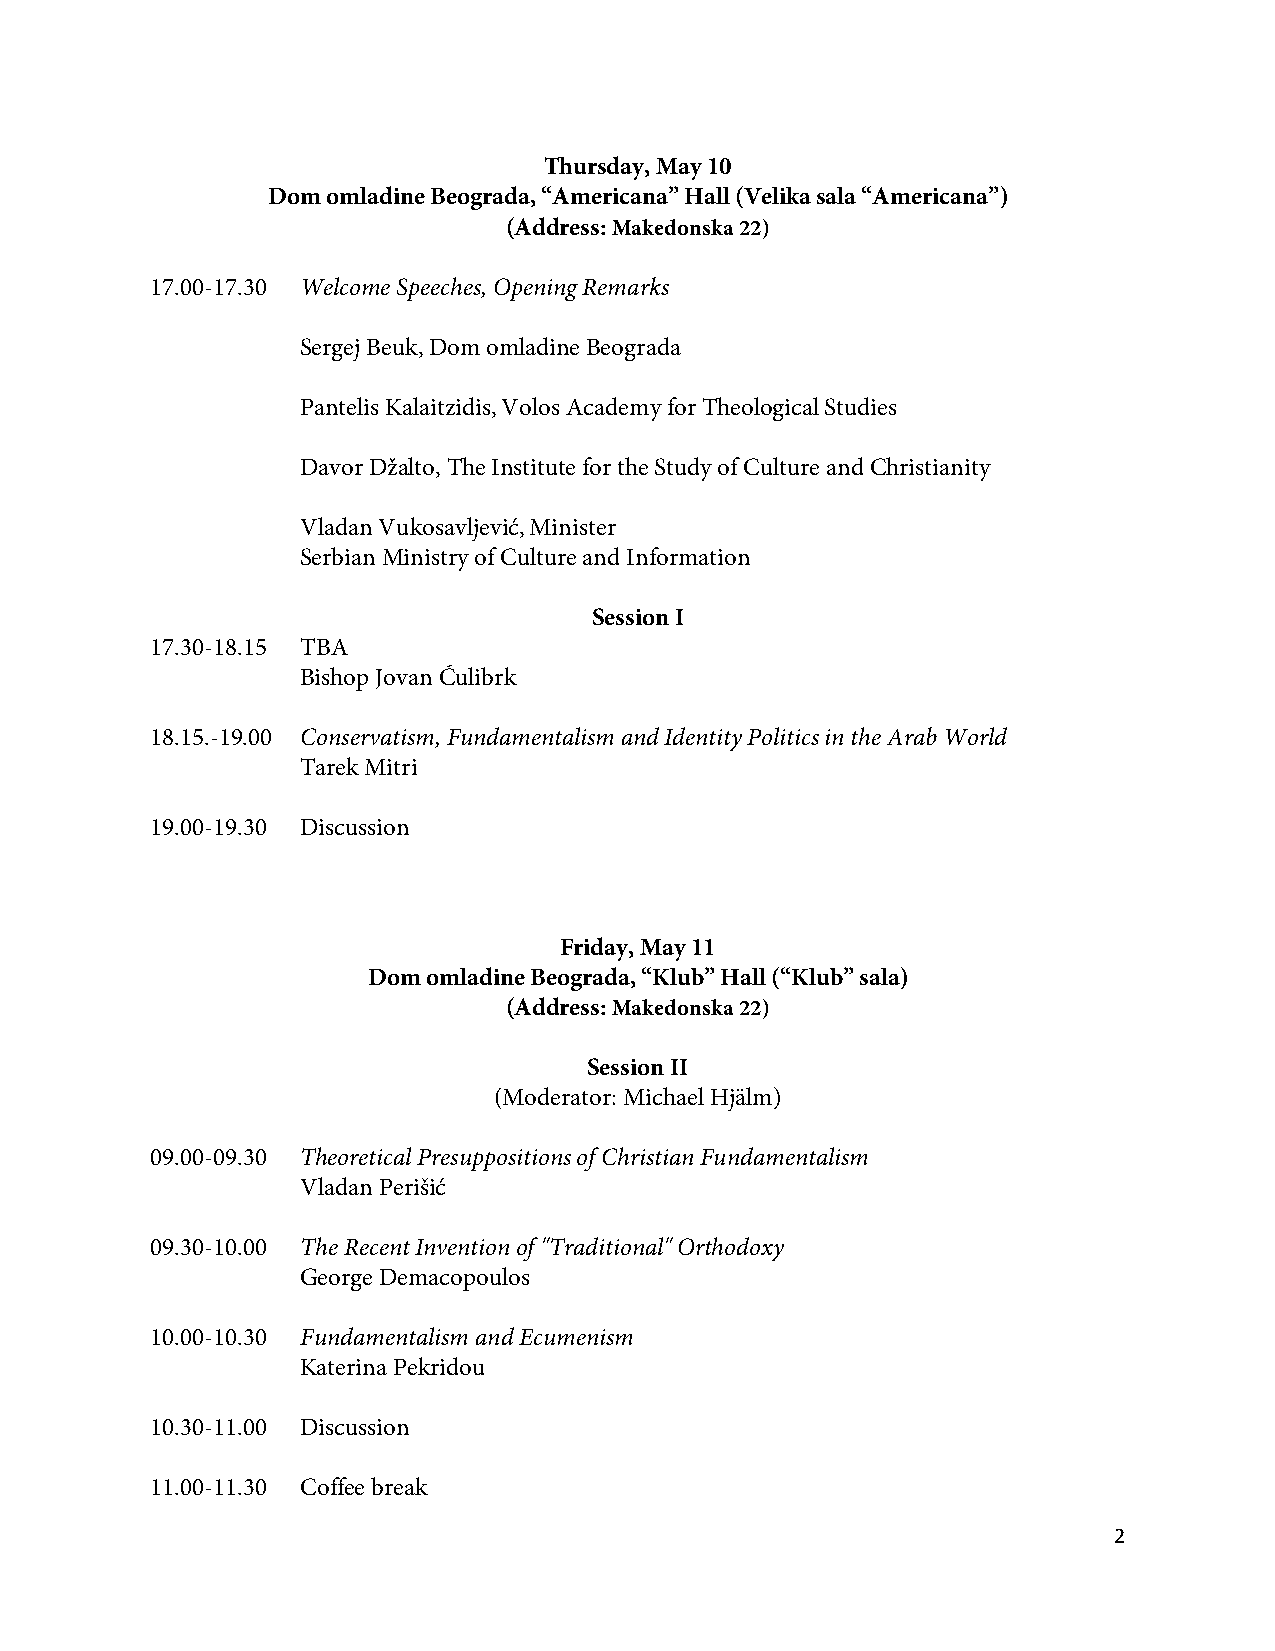
Thursday, May 10
 Dom omladine Beograda, “Americana” Hall (Velika sala “Americana”)
 (Address: Makedonska 22)
 17.00-17.30 Welcome Speeches, Opening Remarks
 Sergej Beuk, Dom omladine Beograda
 Pantelis Kalaitzidis, Volos Academy for Theological Studies
 Davor Džalto, The Institute for the Study of Culture and Christianity
 Vladan Vukosavljević, Minister
 Serbian Ministry of Culture and Information
 Session I
 17.30-18.15 TBA
 Bishop Jovan Ćulibrk
 18.15.-19.00 Conservatism, Fundamentalism and Identity Politics in the Arab World
 Tarek Mitri
 19.00-19.30 Discussion
 Friday, May 11
 Dom omladine Beograda, “Klub” Hall (“Klub” sala)
 (Address: Makedonska 22)
 Session II
 (Moderator: Michael Hjälm)
 09.00-09.30 Theoretical Presuppositions of Christian Fundamentalism
 Vladan Perišić
 09.30-10.00 The Recent Invention of "Traditional" Orthodoxy
 George Demacopoulos
 10.00-10.30 Fundamentalism and Ecumenism
 Katerina Pekridou
 10.30-11.00 Discussion
 11.00-11.30 Coffee break
 2